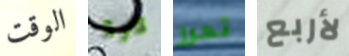
الوقت كرة تحرر لأربع